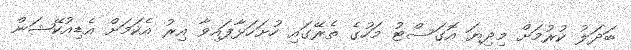
ބަދަލު ކުރުމަށް މިދިޔަ އޮގަސްޓު މަހުގެ ތެރޭގައި ހުށަހަޅާފައިވާ އިރު އެކަމަށް އެޑިއުކޭޝަން